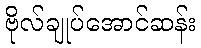
ဗိုလ်ချုပ်အောင်ဆန်း